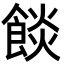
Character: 餤